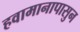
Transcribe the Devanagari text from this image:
हवामानापासुन